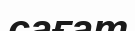
сағат